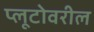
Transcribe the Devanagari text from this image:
प्लूटोवरील